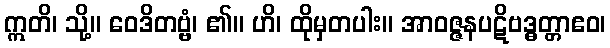
ဣတိ၊ သို့။ ဝေဒိတဗ္ဗံ၊ ၏။ ဟိ၊ ထိုမှတပါး။ အာဝဇ္ဇနပဋိဗဒ္ဓတ္တာဧဝ၊